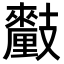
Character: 𨤺